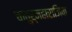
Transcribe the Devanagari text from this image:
चातुर्महाराजिक